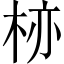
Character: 𱣗